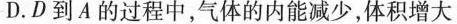
D.D到A的过程中，气体的内能减少，体积增大